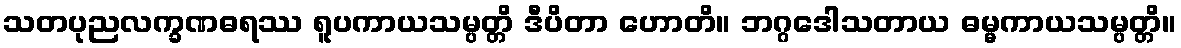
သတပုညလက္ခဏဓရဿ ရူပကာယသမ္ပတ္တိ ဒီပိတာ ဟောတိ။ ဘဂ္ဂဒေါသတာယ ဓမ္မကာယသမ္ပတ္တိ။